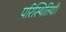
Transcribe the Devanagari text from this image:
परिस्थितियाँ।